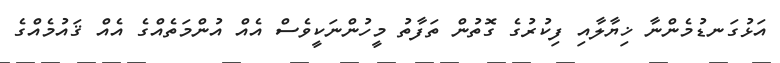
އަޅުގަނޑުމެންނާ ޚިޔާލާއި ފިކުރުގެ ގޮތުން ތަފާތު މީހުންނަކީވެސް އެއް އުންމަތެއްގެ އެއް ޤައުމެއްގެ